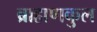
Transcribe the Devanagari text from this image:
ब्राह्मणकुल